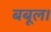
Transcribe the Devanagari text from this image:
बबूल।